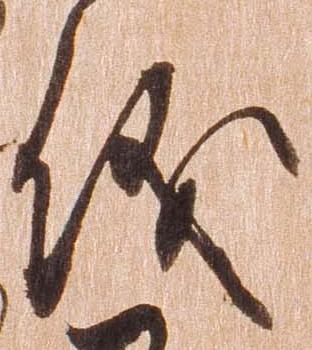
儀